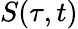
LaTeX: S(\tau,t)